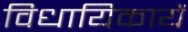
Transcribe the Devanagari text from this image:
विधायिकायें